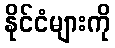
နိုင်ငံများကို